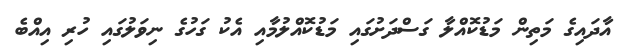
އާދައިގެ މަތިން މަޑުކޮއްލާ ގަސްދަށުގައި މަޑުކޮއްލުމާއި އެކު ގަހުގެ ނިވަލުގައި ހުރި އިއްބެ